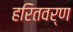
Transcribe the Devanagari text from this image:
हरितवर्ण